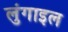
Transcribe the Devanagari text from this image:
लुंगाइल